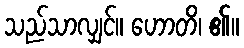
သည်သာလျှင်။ ဟောတိ၊ ၏။